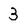
Character: 3